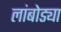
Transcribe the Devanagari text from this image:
लांबोड्या